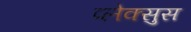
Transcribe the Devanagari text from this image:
प्लेक्सुस